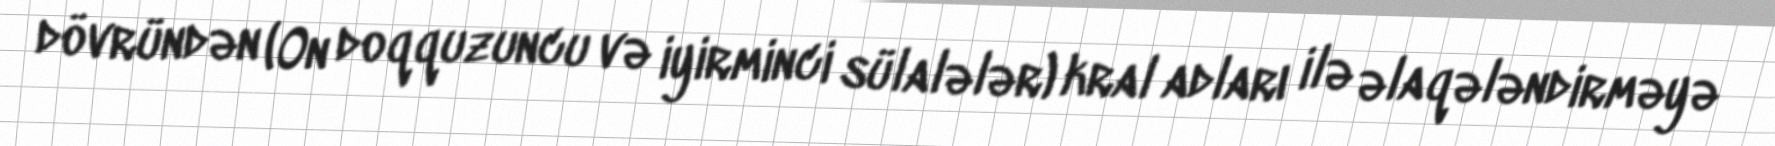
dövründən (On doqquzuncu və iyirminci sülalələr) kral adları ilə əlaqələndirməyə